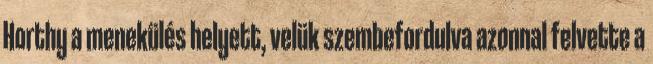
Horthy a menekülés helyett, velük szembefordulva azonnal felvette a